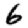
Digit: 6